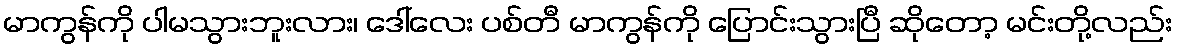
မာကွန်ကို ပါမသွားဘူးလား၊ ဒေါ်လေး ပစ်တီ မာကွန်ကို ပြောင်းသွားပြီ ဆိုတော့ မင်းတို့လည်း